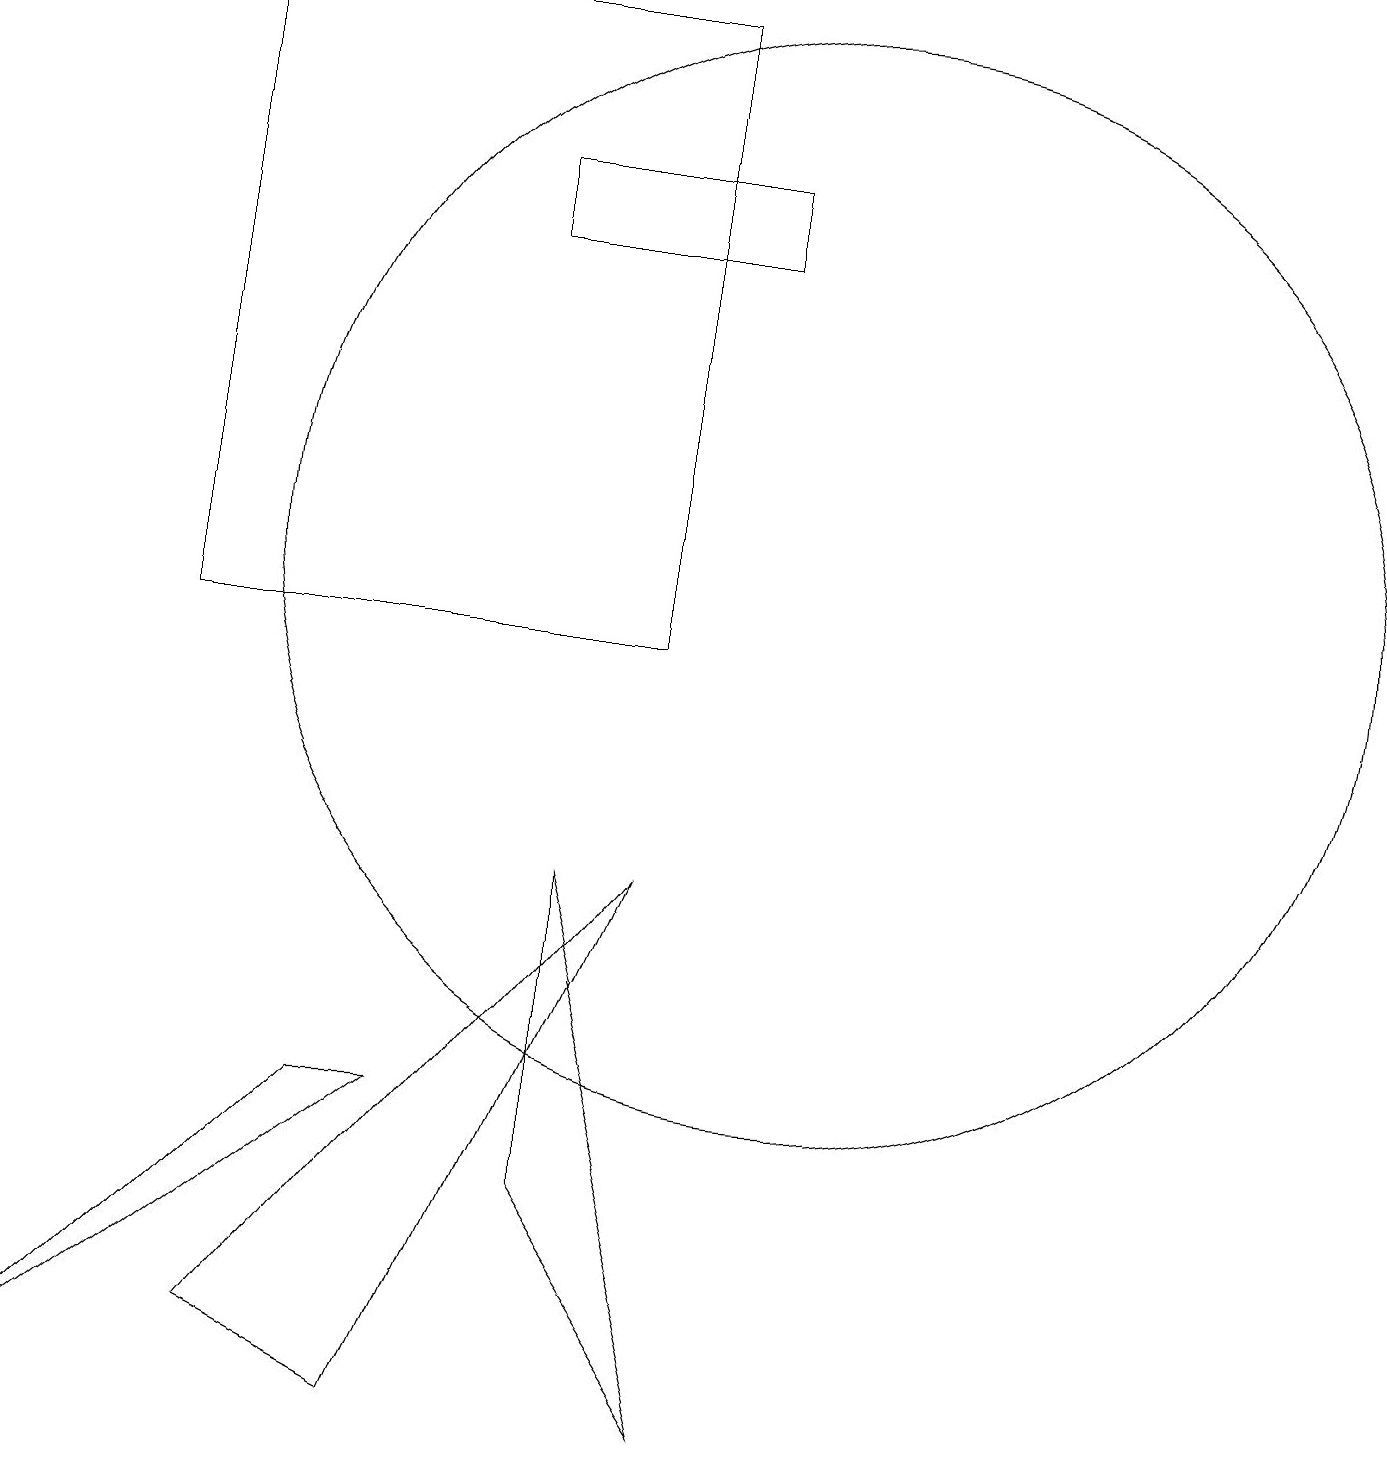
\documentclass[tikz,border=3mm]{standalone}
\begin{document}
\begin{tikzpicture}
\draw (9,16) rectangle (6,15);
\draw (7,3) -- (9,0) -- (7,7) -- cycle;
\draw (8,7) -- (3,1) -- (5,0) -- cycle;
\draw (0,0) -- (5,4) -- (4,4) -- cycle;
\draw (8,10) rectangle (2,18);
\draw (10,11) circle (7);
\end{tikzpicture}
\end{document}